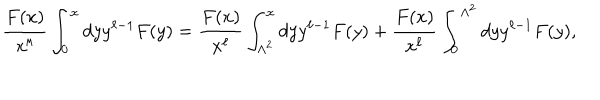
{ \frac { F ( x ) } { x ^ { \ell } } } \int _ { 0 } ^ { x } d y y ^ { \ell - 1 } F ( y ) = { \frac { F ( x ) } { x ^ { \ell } } } \int _ { \Lambda ^ { 2 } } ^ { x } d y y ^ { \ell - 1 } F ( y ) + { \frac { F ( x ) } { x ^ { \ell } } } \int _ { 0 } ^ { \Lambda ^ { 2 } } d y y ^ { \ell - 1 } F ( y ) ,